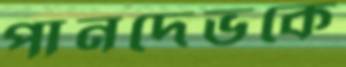
পানদেভকে